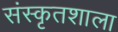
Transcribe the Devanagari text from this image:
संस्कृतशाला